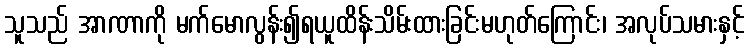
သူသည် အာဏာကို မက်မောလွန်း၍ရယူထိန်းသိမ်းထားခြင်းမဟုတ်ကြောင်း၊ အလုပ်သမားနှင့်